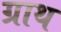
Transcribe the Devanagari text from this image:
ग्राथ